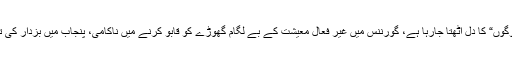
عمران خان حکومت سے ”حقیقی لوگوں“ کا دل اٹھتا جارہا ہے، گورننس میں غیر فعال معیشت کے بے لگام گھوڑے کو قابو کرنے میں ناکامی، پنجاب میں بزدار کی تعیناتی اور کارکردگی پر تحفظات۔